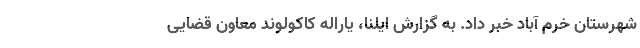
شهرستان خرم آباد خبر داد. به گزارش ایلنا، یاراله کاکولوند معاون قضایی